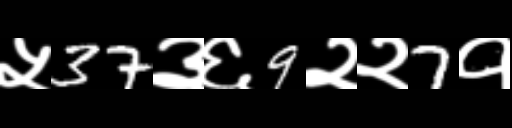
Text: ५37३६9२२7१